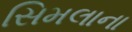
સિમલાના